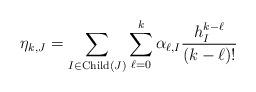
LaTeX: \begin{align*} \eta_{k,J}=\sum_{I\in \mathrm{Child}(J)}\sum_{\ell=0}^{k} \alpha_{\ell,I}\frac{h_I^{k-\ell}}{(k-\ell)!}\end{align*}